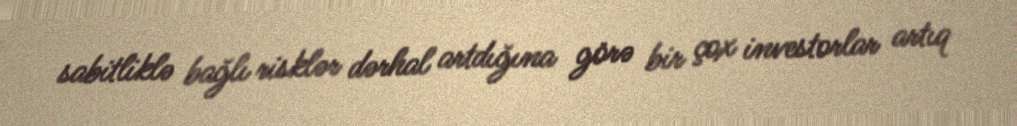
sabitliklə bağlı risklər dərhal artdığına görə bir çox investorlar artıq